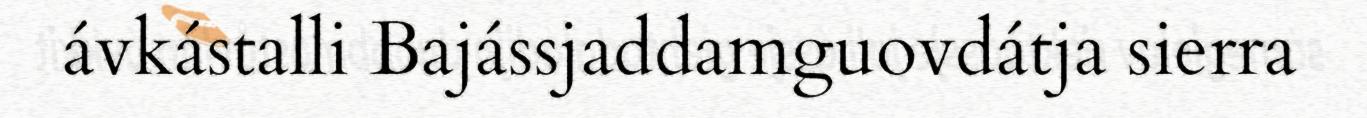
ávkástalli Bajássjaddamguovdátja sierra